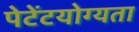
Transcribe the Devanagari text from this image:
पेटेंटयोग्यता